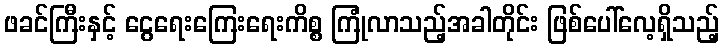
ဖခင်ကြီးနှင့် ငွေရေးကြေးရေးကိစ္စ ကြုံလာသည့်အခါတိုင်း ဖြစ်ပေါ်လေ့ရှိသည့်